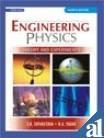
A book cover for Engineering Physics ; Theory and Experiments; Science & Math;